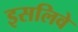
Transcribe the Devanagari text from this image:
इसलिवे